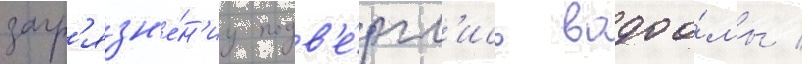
загр'язн'е́н'иу подв'е́ргл'ись водоо́мы /